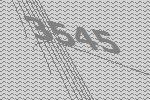
3545